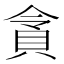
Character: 𮙿